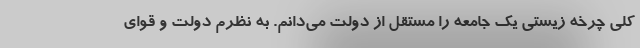
کلی چرخه زیستی یک جامعه را مستقل از دولت می‌دانم. به نظرم دولت و قوای